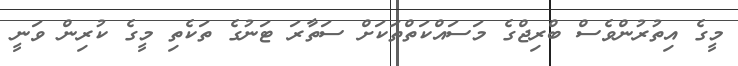
މީގެ އިތުރުންވެސް ބްރިޖްގެ މަސައްކަތްތަކަށް ސަތާރަ ޓަނުގެ ތަކެތި މީގެ ކުރިން ވަނީ